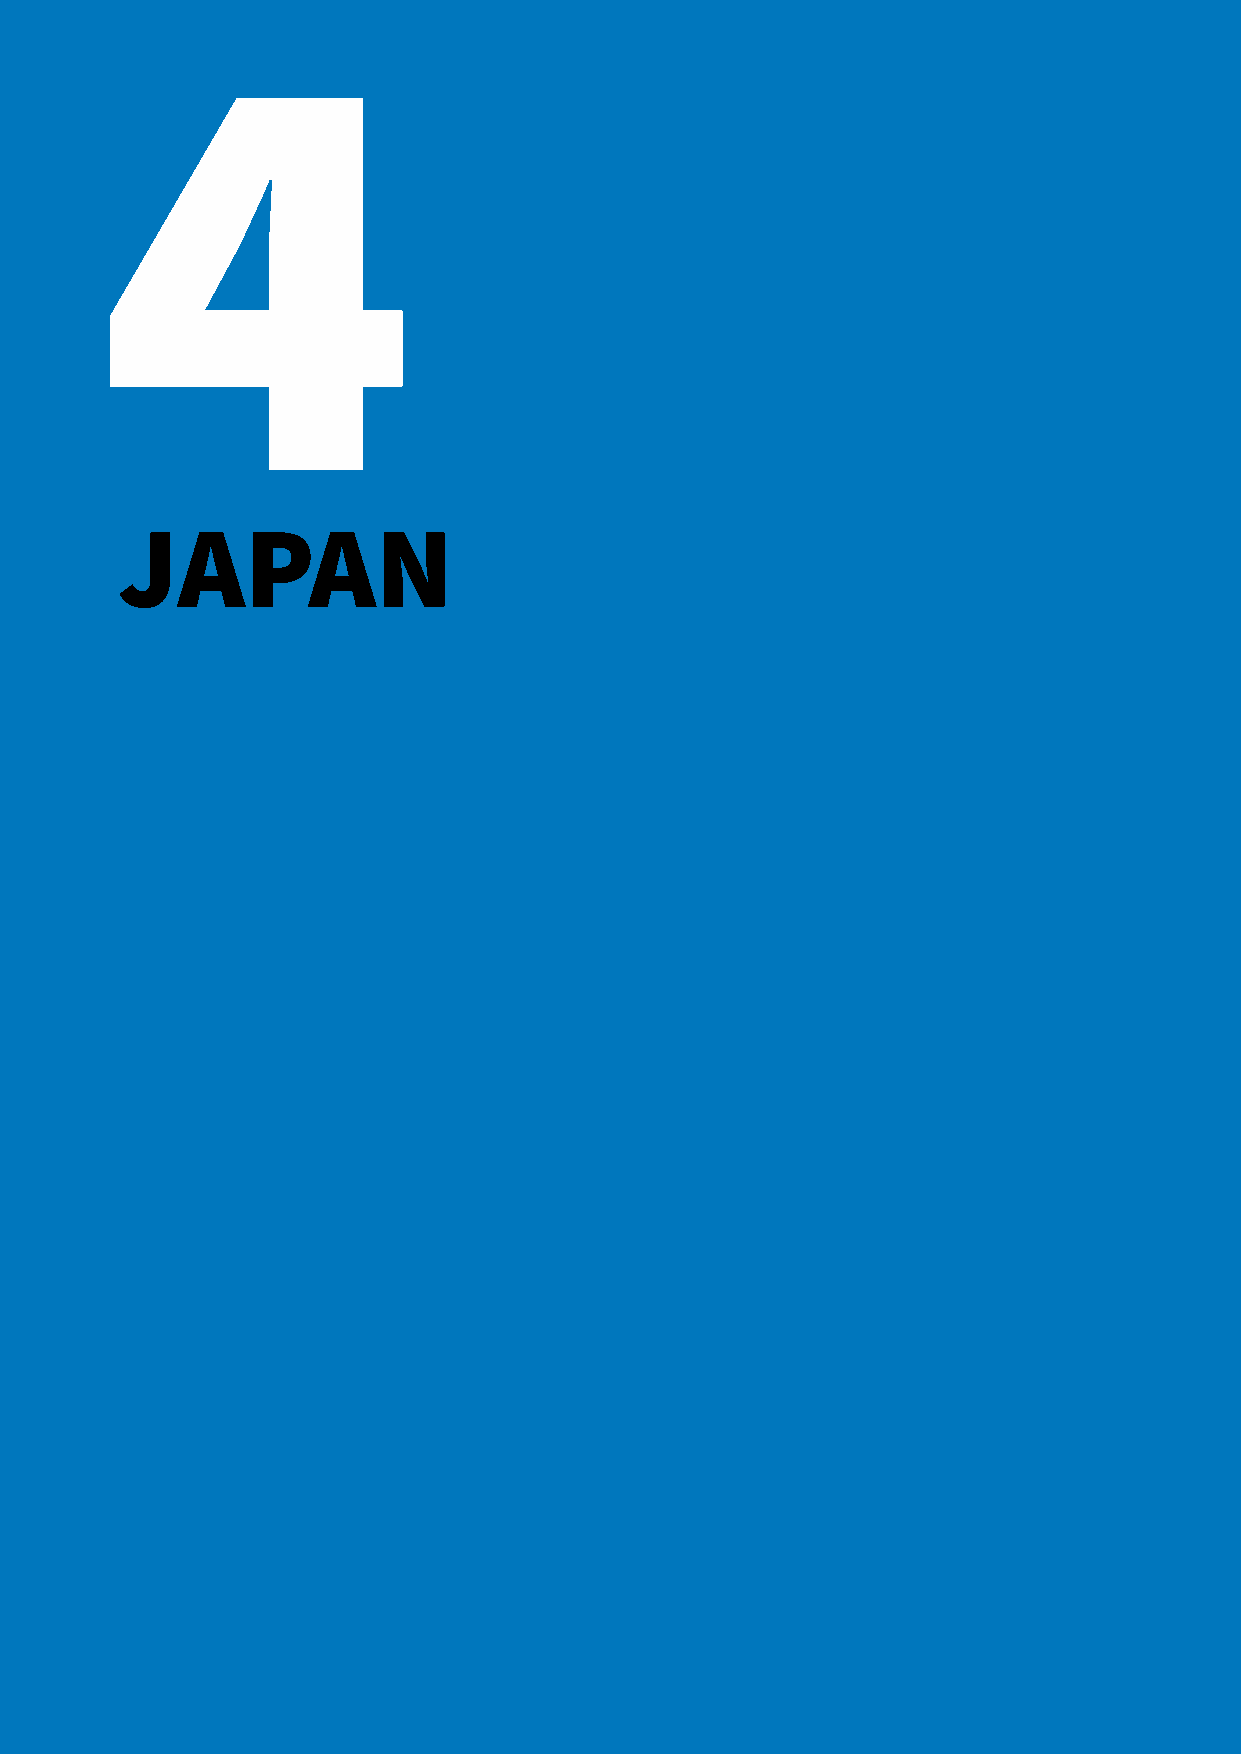
4
 JAPAN
 chapitre 3 — France                                             60